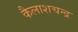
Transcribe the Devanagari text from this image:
कैलाशचन्द्र